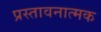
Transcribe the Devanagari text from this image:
प्रस्तावनात्मक